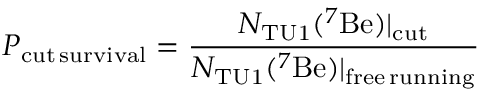
P _ { \mathrm { c u t \, s u r v i v a l } } = \frac { N _ { \mathrm { T U 1 } } ( ^ { 7 } \mathrm { B e } ) | _ { \mathrm { c u t } } } { N _ { \mathrm { T U 1 } } ( ^ { 7 } \mathrm { B e } ) | _ { \mathrm { f r e e \, r u n n i n g } } }